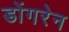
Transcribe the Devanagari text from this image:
डोंगरेन